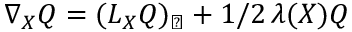
\nabla _ { X } Q = ( L _ { X } Q ) _ { \perp } + 1 / 2 \, \lambda ( X ) Q